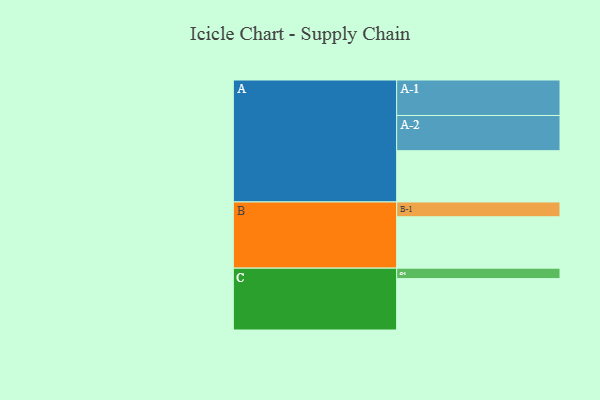
{"axis": {"x": "Segment", "y": "Value"}, "legend": ["", "A", "B", "C"], "data": [{"x": "A", "y": 422, "type": ""}, {"x": "B", "y": 423, "type": ""}, {"x": "C", "y": 423, "type": ""}, {"x": "A-1", "y": 292, "type": "A"}, {"x": "A-2", "y": 290, "type": "A"}, {"x": "B-1", "y": 122, "type": "B"}, {"x": "C-1", "y": 86, "type": "C"}]}